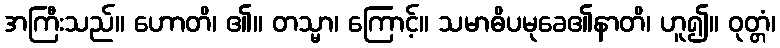
အကြီးသည်။ ဟောတိ၊ ၏။ တသ္မာ၊ ကြောင့်။ သမာဓိပမုခေ၏နာတိ၊ ဟူ၍။ ဝုတ္တံ၊